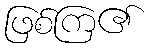
ဖြစ်ကြ၏